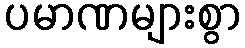
ပမာဏများစွာ